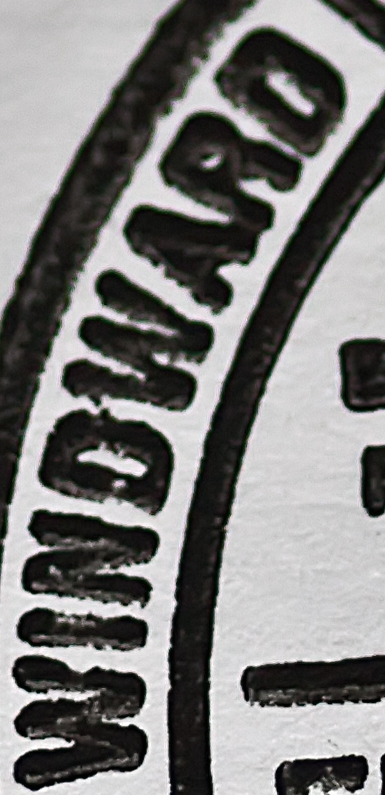
WINDWARD